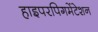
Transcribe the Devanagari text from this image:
हाइपरपिगमेंटेशन